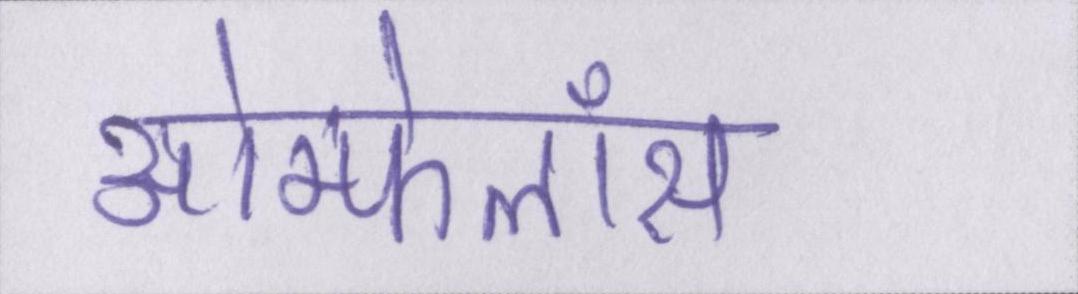
ओम्फेलॉस